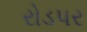
રોડપર